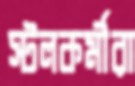
স্টলকর্মীরা